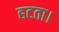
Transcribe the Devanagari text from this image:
हटता।